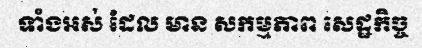
ទាំងអស់ ដែល មាន សកម្មភាព សេដ្ឋកិច្ច